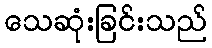
သေဆုံးခြင်းသည်